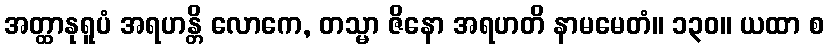
အတ္ထာနုရူပံ အရဟန္တိ လောကေ, တသ္မာ ဇိနော အရဟတိ နာမမေတံ။ ၁၃၀။ ယထာ စ